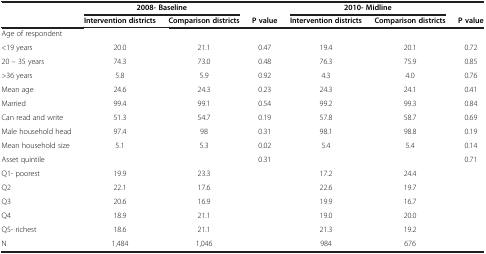
| <ROWSPAN=2>  | <COLSPAN=2> 2008- Baseline |  | <COLSPAN=2> 2010- Midline |  |
 | Intervention districts | Comparison districts | P value | Intervention districts | Comparison districts | P value |
 | --- | --- | --- | --- | --- | --- | --- |
 | Age of respondent |  |  |  |  |  |  |
 | <19 years | 20.0 | 21.1 | 0.47 | 19.4 | 20.1 | 0.72 |
 | 20 – 35 years | 74.3 | 73.0 | 0.48 | 76.3 | 75.9 | 0.85 |
 | >36 years | 5.8 | 5.9 | 0.92 | 4.3 | 4.0 | 0.76 |
 | Mean age | 24.6 | 24.3 | 0.23 | 24.3 | 24.1 | 0.41 |
 | Married | 99.4 | 99.1 | 0.54 | 99.2 | 99.3 | 0.84 |
 | Can read and write | 51.3 | 54.7 | 0.19 | 57.8 | 58.7 | 0.69 |
 | Male household head | 97.4 | 98 | 0.31 | 98.1 | 98.8 | 0.19 |
 | Mean household size | 5.1 | 5.3 | 0.02 | 5.4 | 5.4 | 0.14 |
 | Asset quintile |  |  | 0.31 |  |  | 0.71 |
 | Q1- poorest | 19.9 | 23.3 | <ROWSPAN=5>  | 17.2 | 24.4 | <ROWSPAN=5>  |
 | Q2 | 22.1 | 17.6 | 22.6 | 19.7 |
 | Q3 | 20.6 | 16.9 | 19.9 | 16.7 |
 | Q4 | 18.9 | 21.1 | 19.0 | 20.0 |
 | Q5- richest | 18.6 | 21.1 | 21.3 | 19.2 |
 | N | 1,484 | 1,046 |  | 984 | 676 |  |